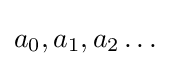
a_{0},a_{1},a_{2}\dots